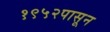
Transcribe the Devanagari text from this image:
१९५२पासून